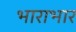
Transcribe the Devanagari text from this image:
भाराभार